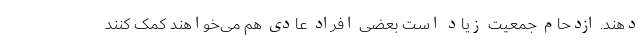
دهند. ازدحام جمعیت زیاد است بعضی افراد عادی هم می‌خواهند کمک کنند